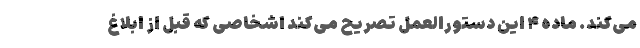
می‌کند. ماده ۴ این دستورالعمل تصریح می‌کند اشخاصی که قبل از ابلاغ